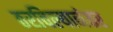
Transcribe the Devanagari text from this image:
ठरविल्यानंतर